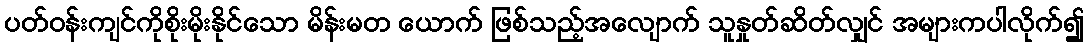
ပတ်ဝန်းကျင်ကိုစိုးမိုးနိုင်သော မိန်းမတ ယောက် ဖြစ်သည့်အလျောက် သူနှုတ်ဆိတ်လျှင် အများကပါလိုက်၍